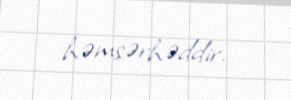
həmsərhəddir.